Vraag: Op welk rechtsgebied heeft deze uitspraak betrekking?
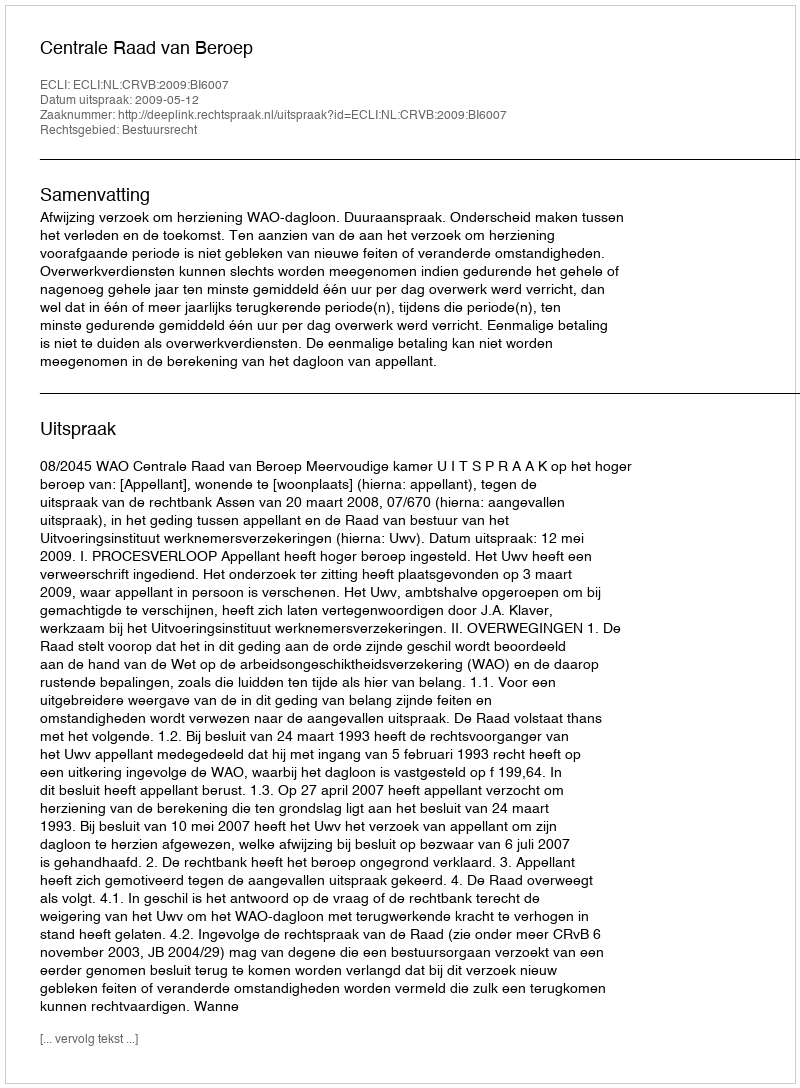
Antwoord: Bestuursrecht